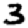
Digit: 3